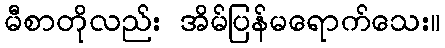
မီစာတိုလည်း အိမ်ပြန်မရောက်သေး။